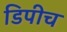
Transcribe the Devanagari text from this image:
डिपीच